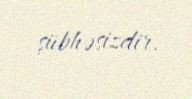
şübhəsizdir.